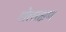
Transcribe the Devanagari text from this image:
गोलरक्षण